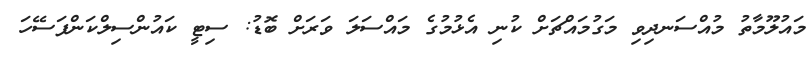
މައުލޫމާތު މުއްސަނދިވި މަގުމައްޗަށް ކުނި އެޅުމުގެ މައްސަލަ ވަރަށް ބޮޑު: ސިޓީ ކައުންސިލްކަންފަސޭހަ